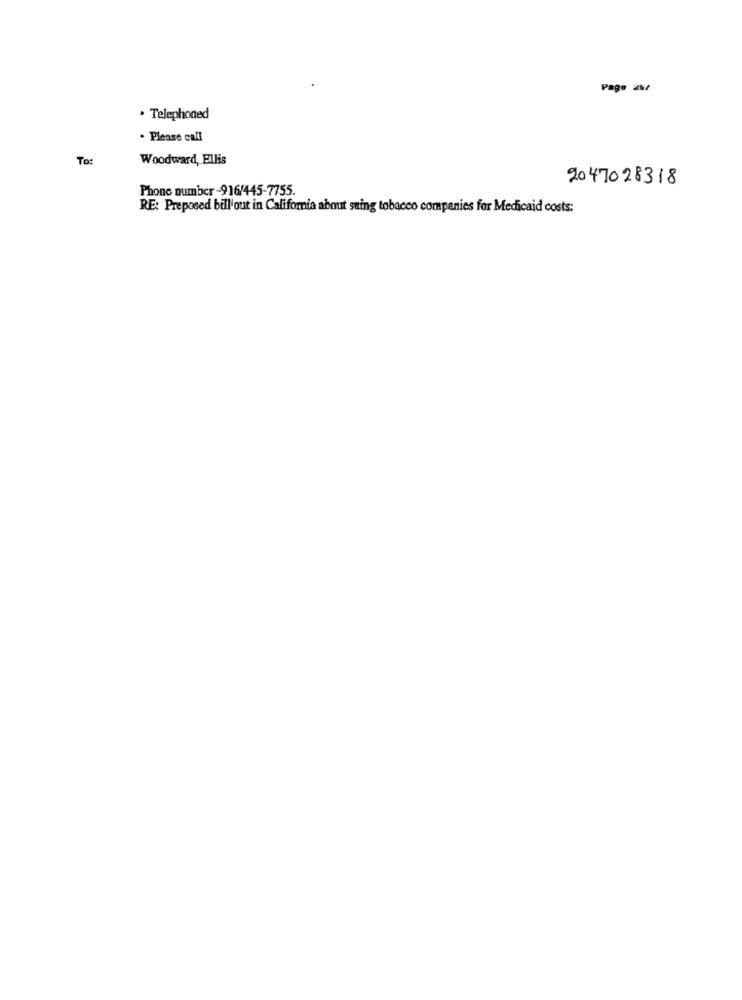
Page zu/
· Telephoned
. Please call
To:
Woodward, Ellis
2047028318
Phone number-916/445-7755.
RE: Preposed bill'out in California about suing tobacco companies for Medicaid costs: